Report of the Bombay Plague Committee
Disease focus: Plague
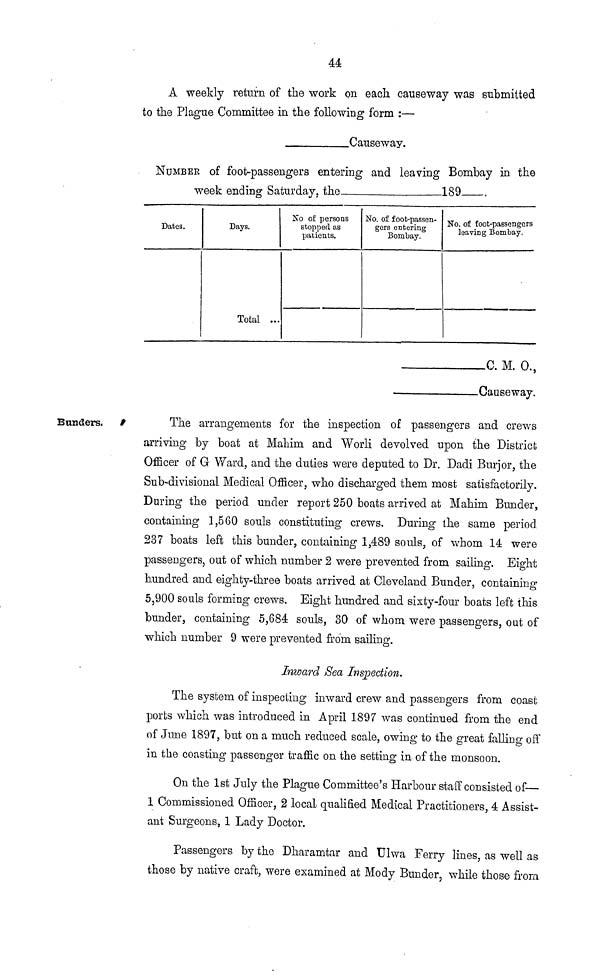
44
A weekly return of the work on each causeway was submitted
to the Plague Committee in the following form :—
Causeway.
NUMBER of foot-passengers entering and leaving Bombay in the
week ending Saturday, the
189
Dates
Days
Total ...
No of persons
stopped as
patients.
No of foot-passen-
gers entering
Bombay.
No. of foot-passengers
leaving Bombay.
C. M. O.,
.
Causeway.
Bunders.
The arrangements for the inspection of passengers and crews
arriving by boat at Mahim and Worli devolved upon the District
Officer of G Ward, and the duties were deputed to Dr. Dadi Burjor, the
Sub-divisional Medical Officer, who discharged them most satisfactorily.
During the period under report 250 boats arrived at Mahim Bunder,
containing 1,560 souls constituting crews. During the same period
237 boats left this bunder, containing 1,489 souls, of whom 14 were
passengers, out of which number 2 were prevented from sailing. Eight
hundred and eighty-three boats arrived at Cleveland Bunder, containing
5,900 souls forming crews. Eight hundred and sixty-four boats left this
bunder, containing 5,684 souls, 30 of whom were passengers, out of
which number 9 were prevented from sailing.
Inward Sea Inspection.
The system of inspecting inward crew and passengers from coast
ports which was introduced in April 1897 was continued from the end
of June 1897, but on a much reduced scale, owing to the great falling off
in the coasting passenger traffic on the setting in of the monsoon.
On the 1st July the Plague Committee's Harbour staff consisted of—
1 Commissioned Officer, 2 local qualified Medical Practitioners, 4 Assist-
ant Surgeons, 1 Lady Doctor.
Passengers by the Dharamtar and Ulwa Ferry lines, as well as
those by native craft, were examined at Mody Bunder, while those from